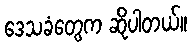
ဒေသခံတွေက ဆိုပါတယ်။